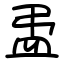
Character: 盄